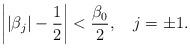
LaTeX: \begin{align*}\left||\beta_j|-\frac{1}{2}\right|<\frac{\beta_0}{2}, \ \ \ j=\pm 1.\end{align*}